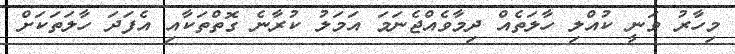
މިހާރު ވަނީ ކުއްލި ހާލަތެއް ދިމާވެއްޖެނަމަ އަމަލު ކުރާނެ ގޮތްތަކާއި އެފަދަ ހާލަތަކަށް